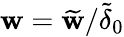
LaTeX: \mathbf{w}=\widetilde{{\mathbf{w}}}/\widetilde{{\delta}}_{0}